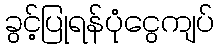
ခွင့်ပြုရန်ပုံငွေကျပ်